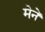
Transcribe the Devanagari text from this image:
मेनें